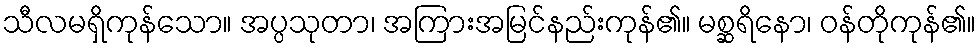
သီလမရှိကုန်သော။ အပ္ပသုတာ၊ အကြားအမြင်နည်းကုန်၏။ မစ္ဆရိနော၊ ဝန်တိုကုန်၏။